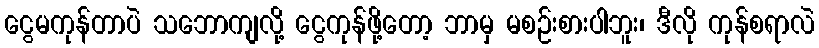
ငွေမကုန်တာပဲ သဘောကျလို့ ငွေကုန်ဖို့တော့ ဘာမှ မစဉ်းစားပါဘူး၊ ဒီလို ကုန်စရာလဲ